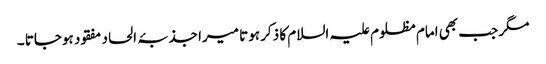
مگر جب بھی امام مظلوم علیہ السلام کا ذکر ہوتا میرا جذبۂ الحاد مفقود ہوجاتا ۔